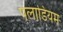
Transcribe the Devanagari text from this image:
पलाडियम